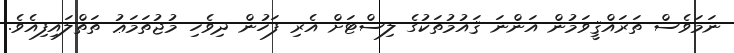
ނަމަވެސް ތަރައްޤީވަމުން އަންނަ ޤައުމުތަކުގެ ލިސްޓަށް އެރި ފަހުން ދިވެހި މުޖުތަމަޢު ތަތްލައިފިއެވެ.